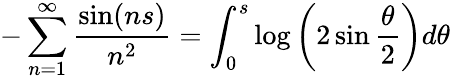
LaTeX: -\sum_{n=1}^{\infty}\frac{\sin(ns)}{n^{2}}=\int_{0}^{s}\log\left(2\sin\frac{\theta}{2}\right)d\theta